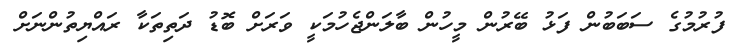
ފުރުމުގެ ސަބަބުން ފަޅު ބޭރުން މީހުން ބާލަންޖެހުމަކީ ވަރަށް ބޮޑު ދަތިތަކާ ރައްޔިތުންނަށް